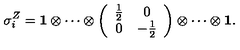
\sigma _ { i } ^ { Z } = { \bf 1 } \otimes \cdots \otimes \left( \begin{array} { c c } { \frac { 1 } { 2 } } & { 0 } \\ { 0 } & { - \frac { 1 } { 2 } } \\ \end{array} \right) \otimes \cdots \otimes { \bf 1 } .